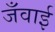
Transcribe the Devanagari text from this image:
जँवाई